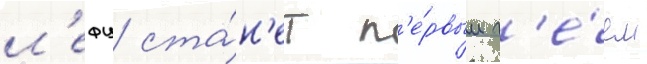
л'ефу ста́н'ет п'е́рвым г'е́ем